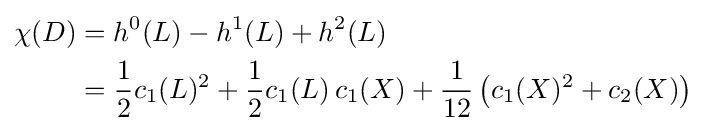
{\begin{aligned}\chi (D)&=h^{0}(L)-h^{1}(L)+h^{2}(L)\\&={\frac {1}{2}}c_{1}(L)^{2}+{\frac {1}{2}}c_{1}(L)\,c_{1}(X)+{\frac {1}{12}}\left(c_{1}(X)^{2}+c_{2}(X)\right)\end{aligned}}